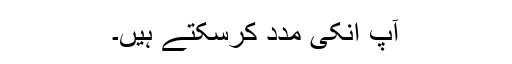
آپ انکی مدد کرسکتے ہيں۔